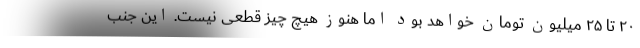
۲۰ تا ۲۵ میلیون تومان خواهد بود اما هنوز هیچ چیز قطعی نیست. این جنب